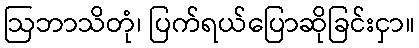
ဩဘာသိတုံ၊ ပြက်ရယ်ပြောဆိုခြင်းငှာ။